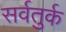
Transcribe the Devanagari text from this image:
सर्वतुर्क